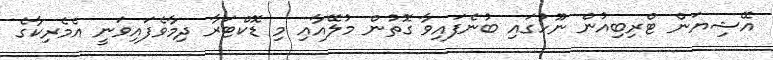
އޭޝިޔަން ޓްރިބިއުން ނޫހުގައި ބުނެފައިވާ ގޮތުން މުލޭއާއި މި ޑޮކްޓަރާ ދިމާވެފައިވަނީ އެމެރިކާގެ